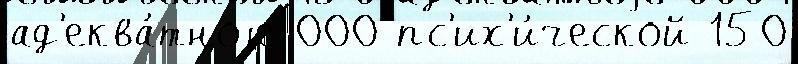
ад'еква́тноjе 000 пс'их'и́ческой 150